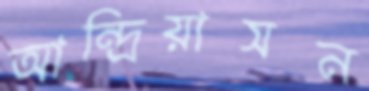
আন্দ্রিয়াসন